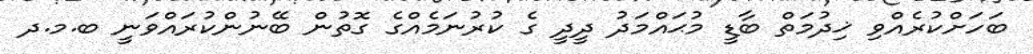
ބަހަށްކުރެއްވި ޚިދުމަތް ބާޑީ މުޙައްމަދު ދީދީ ގެ ކުރުނަމެއްގެ ގޮތުން ބޭނުންކުރައްވަނީ ބ.މ.ދ